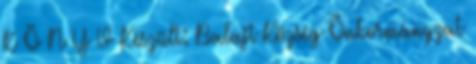
K Ö N Y V Készült: Balajt Község Önkormányzat